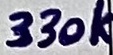
Text: 330k